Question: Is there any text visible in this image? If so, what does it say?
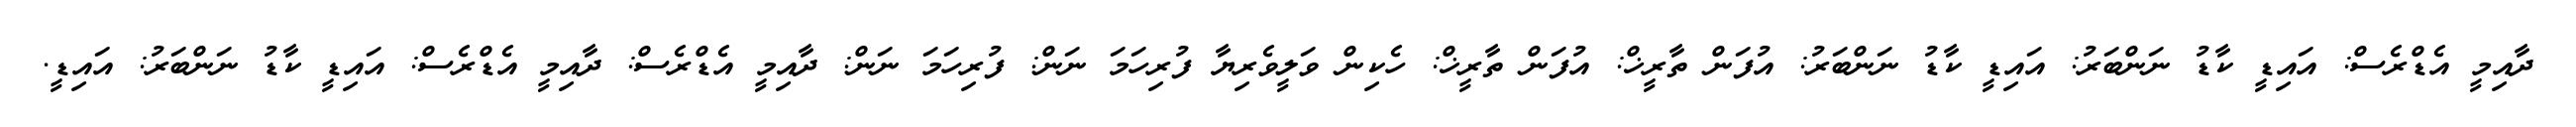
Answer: ދާއިމީ އެޑްރެސް: އައިޑީ ކާޑު ނަންބަރު: އައިޑީ ކާޑު ނަންބަރު: އުފަން ތާރީޚް: އުފަން ތާރީޚް: ހެކިން ވަލީވެރިޔާ ފުރިހަމަ ނަން: ފުރިހަމަ ނަން: ދާއިމީ އެޑްރެސް: ދާއިމީ އެޑްރެސް: އައިޑީ ކާޑު ނަންބަރު: އައިޑީ.